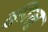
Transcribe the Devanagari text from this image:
क्वीलू